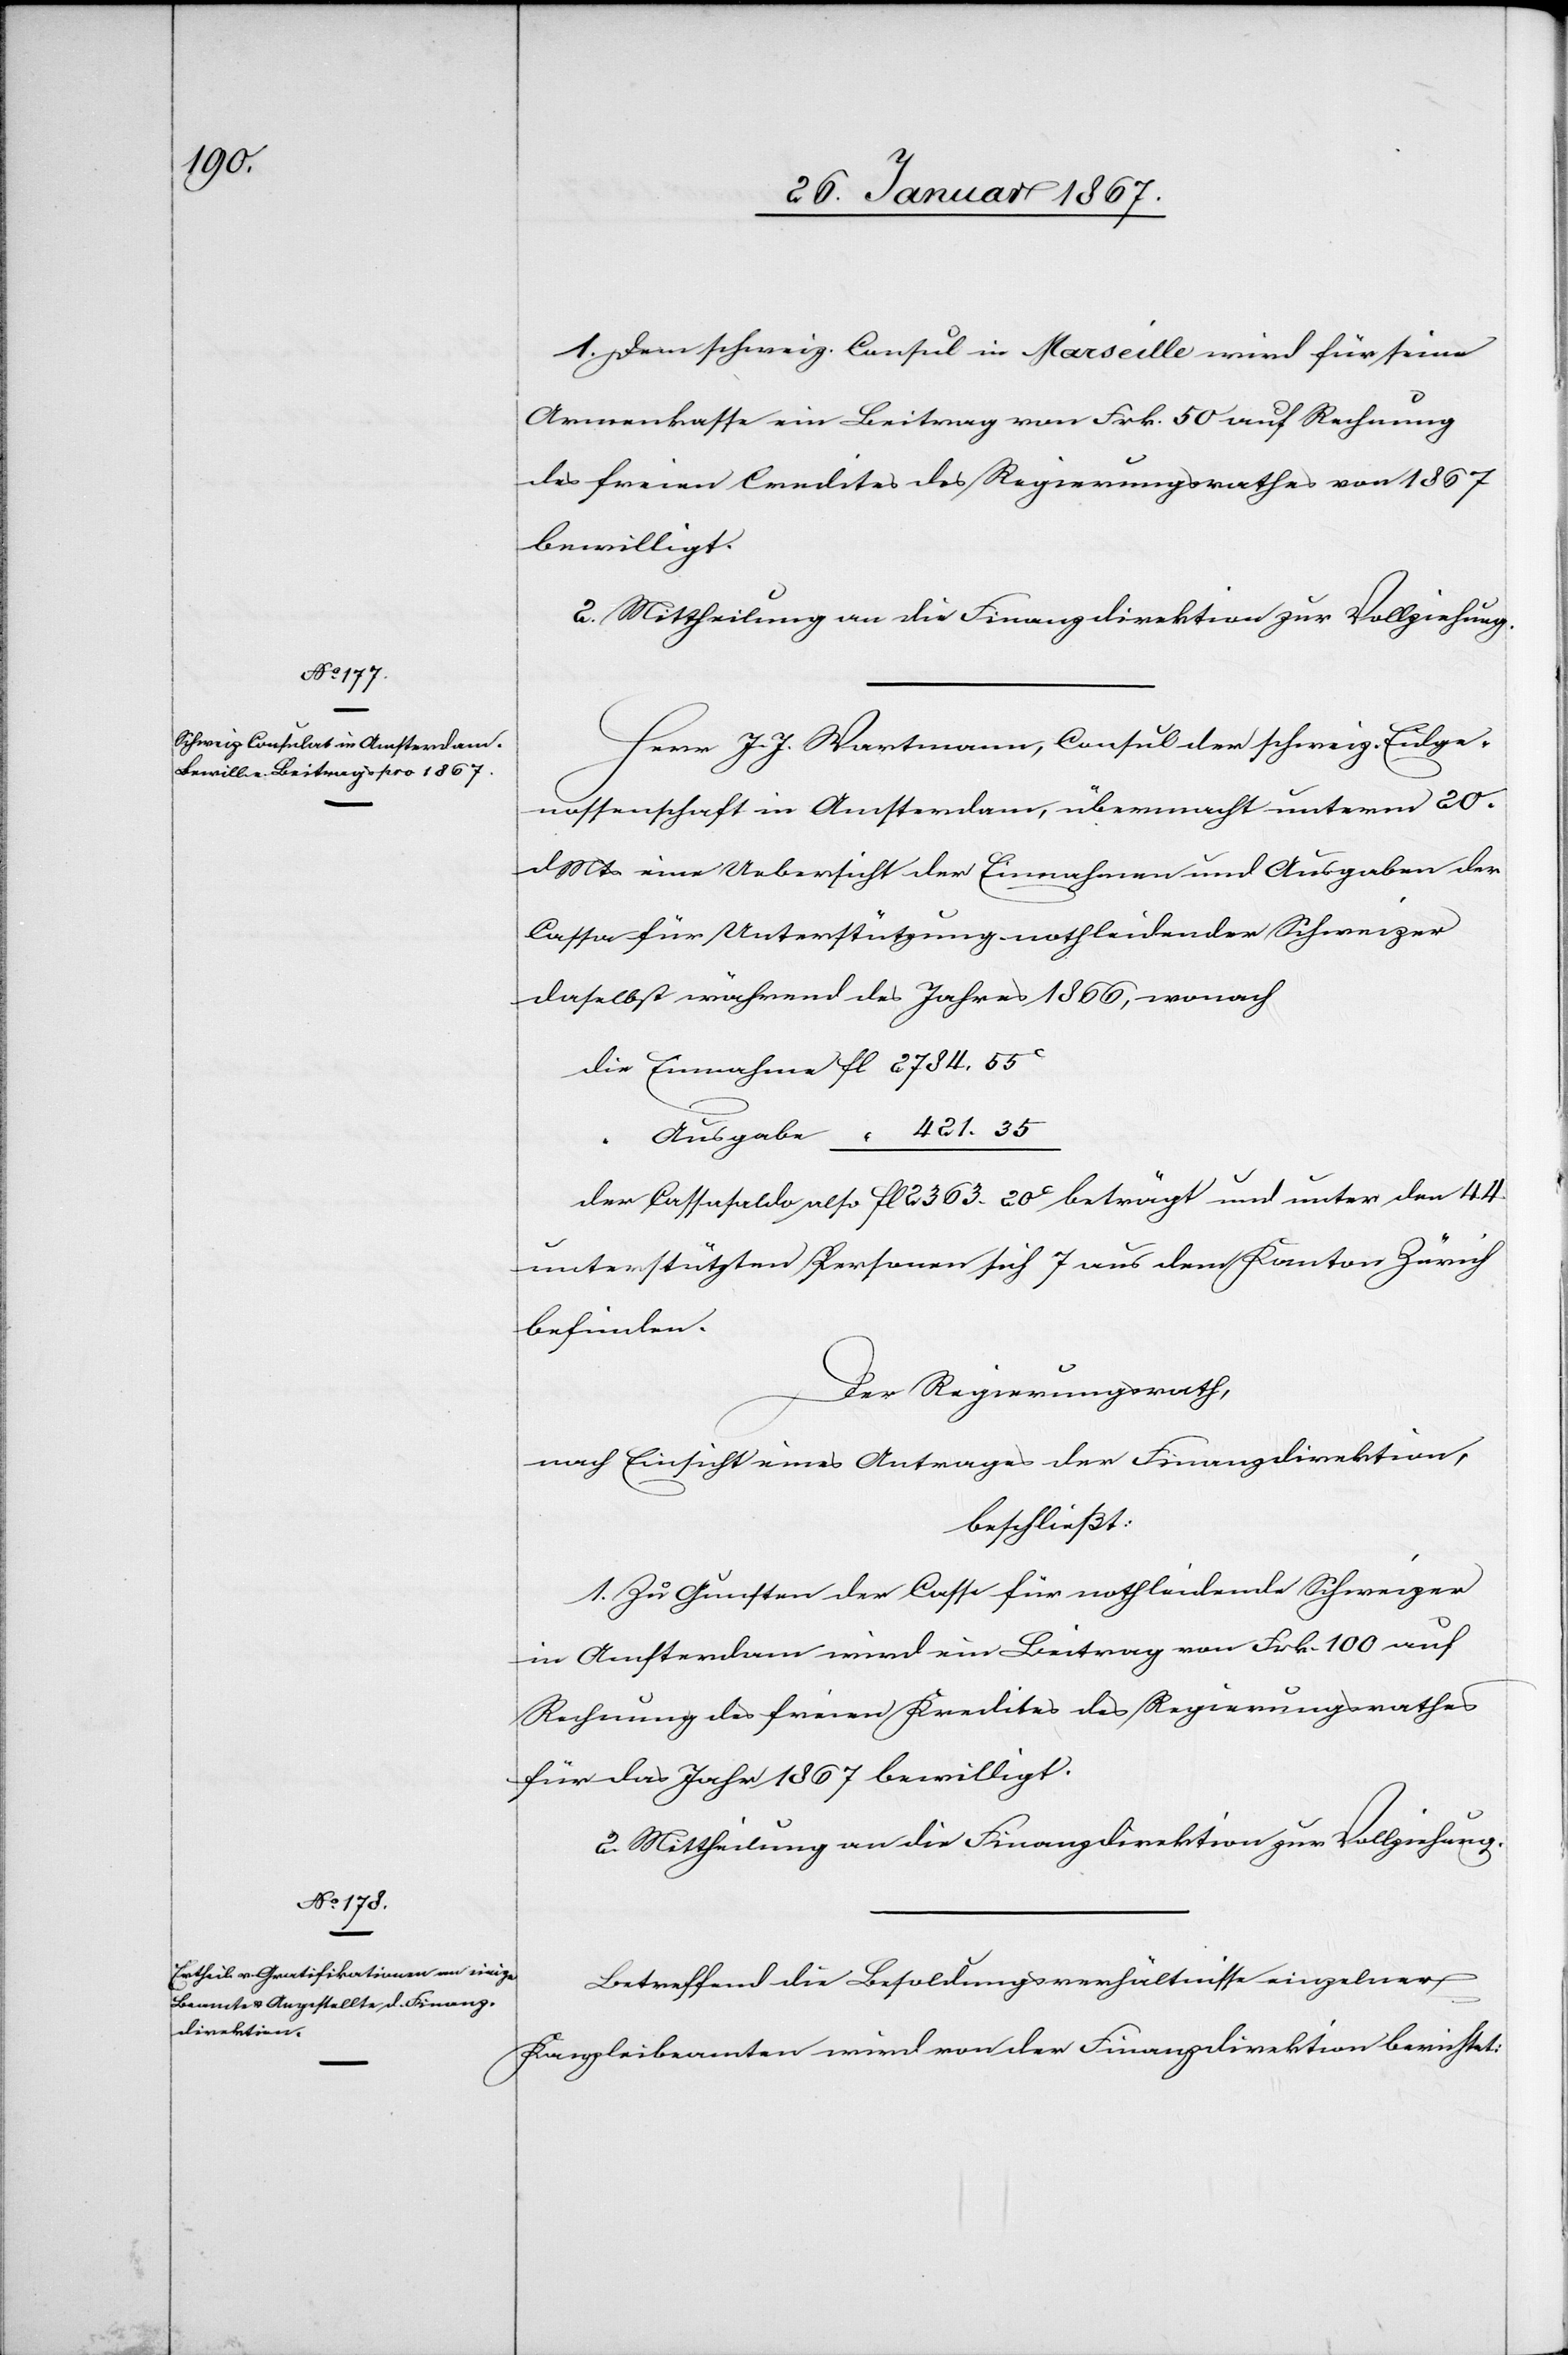
1. Dem schweiz. Consul in Marseille wird für seine
Armenkasse ein Beitrag von Frk. 50 auf Rechnung
des freien Credites des Regierungsrathes von 1867
bewilligt.
2. Mittheilung an die Finanzdirektion zur Vollziehung.
Herr J. J. Hartmann, Consul der schweiz. Eidge¬
nossenschaft in Amsterdam, übermacht unterm 20.
d. Mts eine Uebersicht der Einnahmen und Ausgaben der
Cassa für Unterstützung nothleidender Schweizer
daselbst während des Jahres 1866, wonach
die 	Einnahme fl 	2784. 55c
“	Ausgabe “	 421. 35
der Cassasaldo also fl 2363. 20c beträgt und unter den 44
unterstützten Personen sich 7 aus dem Kanton Zürich
befinden.
Der Regierungsrath,
nach Einsicht eines Antrages der Finanzdirektion,
beschließt:
1. Zu Gunsten der Casse für nothleidende Schweizer
im Ausland wird ein Beitrag von Frk. 100 auf
Rechnung des freien Kredites des Regierungsrathes
für das Jahr 1867 bewilligt.
Betreffend die Besoldungsverhältnisse einzelner
Kanzleibeamten wird von der Finanzdirektion berichtet: